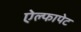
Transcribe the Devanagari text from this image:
ऐल्फापेट